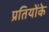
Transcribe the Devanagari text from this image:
प्रतियोंके